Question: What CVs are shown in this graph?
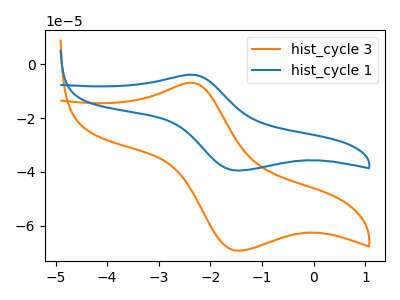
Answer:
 <answer>The orange curve is labeled "hist_cycle 3". The blue curve is labeled "hist_cycle 1".</answer>
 <eval></eval>